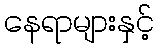
နေရာများနှင့်